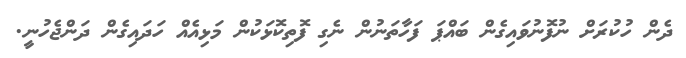
ދެން ހުކުރަށް ނުފޮނުވައިގެން ބައްޕަ ފަހާތަނުން ނެގި ފޮތިކޮޅަކުން މަޅިއެއް ހަދައިގެން ދަންޖެހުނީ.